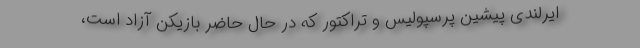
ایرلندی پیشین پرسپولیس و تراکتور که در حال حاضر بازیکن آزاد است،